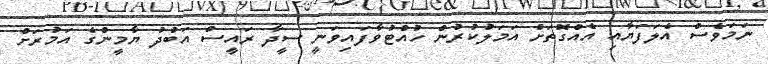
ނަމަވެސް އެލަފަޔާއި އެއްގޮތަށް އަމަލުކުރުން ހުއްޓުވާފައިވަނީ ސީދާ ރައީސް އަބުދު ޔާމީންގެ އަމުރަށް